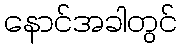
နောင်အခါတွင်